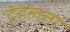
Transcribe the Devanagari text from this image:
देहलता